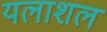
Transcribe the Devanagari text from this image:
यलाशल